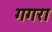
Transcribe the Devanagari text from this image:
गगरा